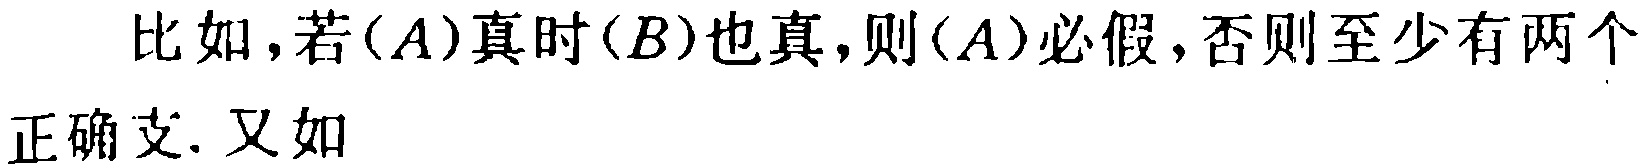
比如，若\((A)\)真时\((B)\)也真，则\((A)\)必假，否则至少有两个正确支. 又如